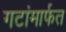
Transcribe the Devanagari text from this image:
गटांमार्फत